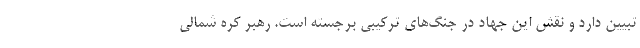
تبیین دارد و نقش این جهاد در جنگ‌های ترکیبی برجسته است. رهبر کره شمالی